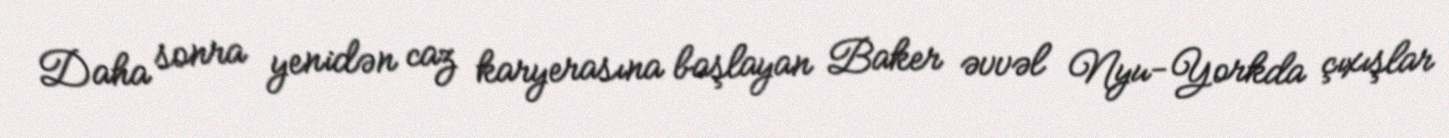
Daha sonra yenidən caz karyerasına başlayan Baker əvvəl Nyu-Yorkda çıxışlar